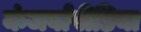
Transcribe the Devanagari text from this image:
कंजर्वापीडिया